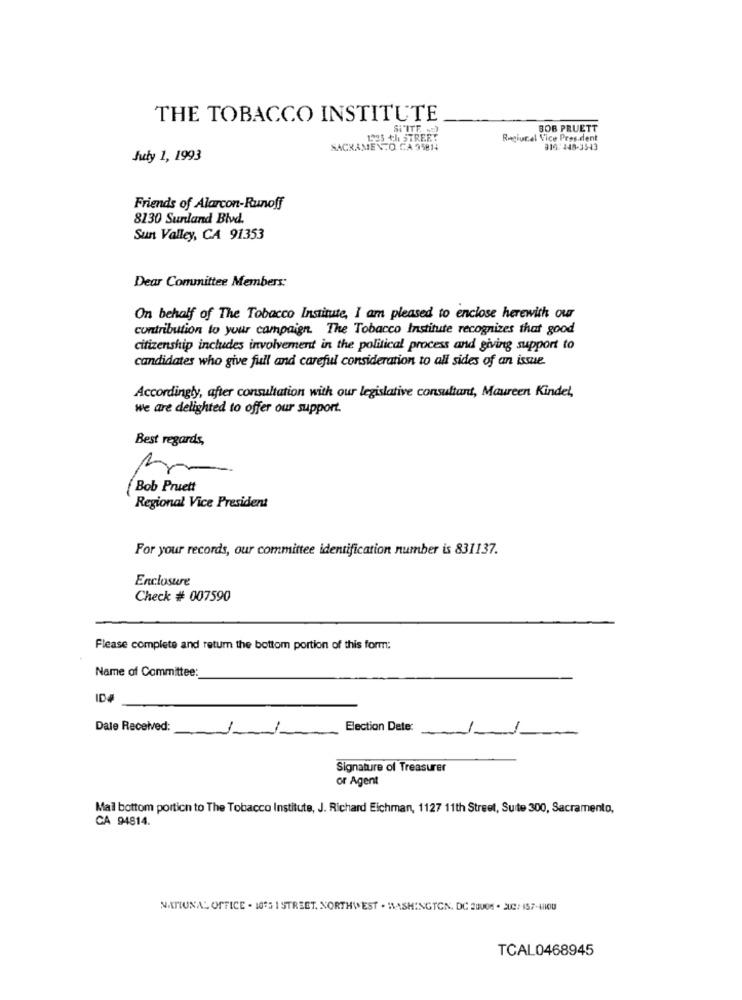
THE TOBACCO INSTITUTE
Si'ITE m
BOB PRUETT
1925 th STREET
Regiucal Vice Pres.dent
SACRAMENTO. CA 95814
316:148-3543
July 1, 1993
Friends of Alarcon-Runoff
8130 Sunland Blvd.
Sun Valley, CA 91353
Dear Committee Members:
On behalf of The Tobacco Institute, I am pleased to enclose herewith our
contribution to your campaign. The Tobacco Institute recognizes that good
citizenship includes involvement in the political process and giving support to
candidates who give full and careful consideration to all sides of an issue.
Accordingly, after consultation with our legislative consultant, Maureen Kindel,
we are delighted to offer our support.
Best regards,
1
Bob Pruett
Regional Vice President
For your records, our committee identification number is 831137.
Enclosure
Check # 007590
Please complete and return the bottom portion of this form:
Name of Committee:
ID
Dale Received:
Election Dete:
Signature of Treasurer
or Agent
Mall bottom portion to The Tobacco Institute, J. Richard Eichman, 1127 11th Street, Suite 300, Sacramento,
CA 94814.
NATIONAL OFFICE . 1095 1 STREET, NORTHWEST . WASHINGTON, DC 20008 . 202: 457-41100
TCAL0468945